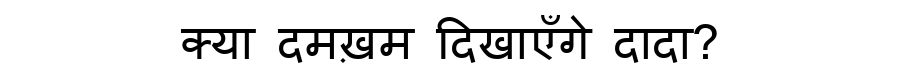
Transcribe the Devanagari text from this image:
क्या दमख़म दिखाएँगे दादा?